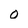
Character: O